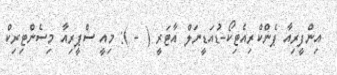
އިންފީރިއާ ޕެންކްރިއެޓިކޯ-ޑުއަޑީނަލް އާޓަރީ ( - ): މިއީ ސްޕީރިއާ މިސެންޓިރިކް